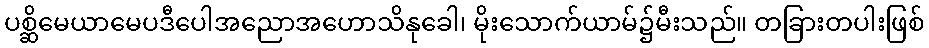
ပစ္ဆိမေယာမေပဒီပေါအညောအဟောသိနုခေါ၊ မိုးသောက်ယာမ်၌မီးသည်။ တခြားတပါးဖြစ်